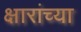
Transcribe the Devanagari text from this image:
क्षारांच्या